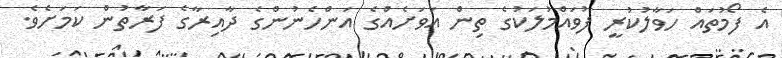
އެ ފޯމުތައް ހަވާލުކުރީ ފުވައްމުލަކުގެ ތިން އަވަށެއްގެ އަންހެނުންގެ ދާއިރާގެ ފަރާތުން ކަމަށެވެ.